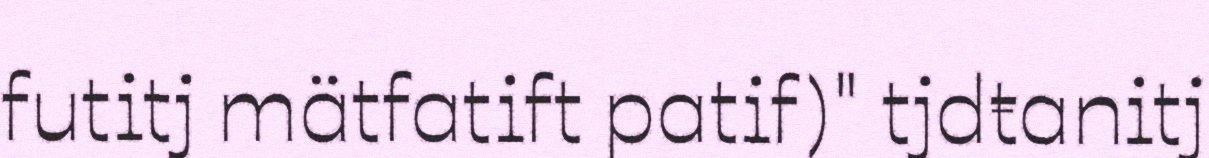
futitj mätfatift patif)" tjdŧanitj